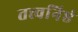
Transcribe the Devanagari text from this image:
तत्त्वनिष्ठं